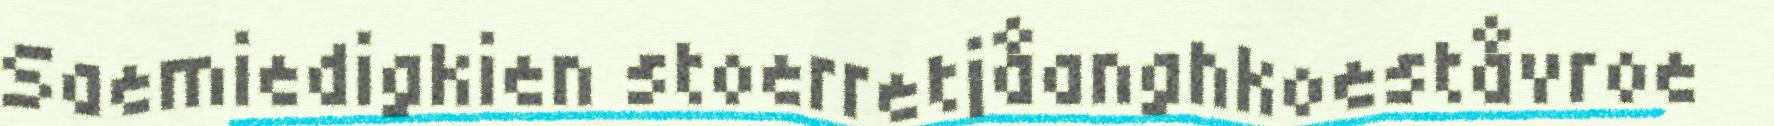
Saemiedigkien stoerretjåanghkoeståvroe